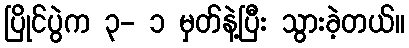
ပြိုင်ပွဲက ၃- ၁ မှတ်နဲ့ပြီး သွားခဲ့တယ်။